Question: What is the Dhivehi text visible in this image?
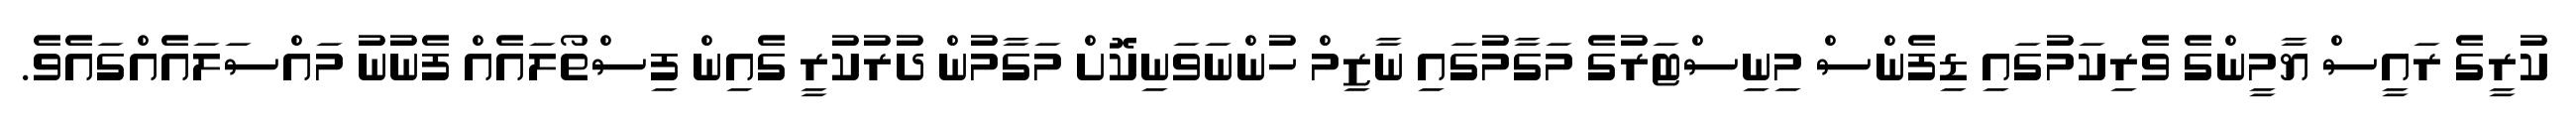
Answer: ކުރީގެ ރައީސް ޔާމީންގެ ވެރިކަމުގައި ޑިފެންސް މިނިސްޓަރުގެ މަގާމުގައި ނާޒިމް ހުންނަވަނިކޮށް މަގާމުން ދުރުކުރީ ގެއިން ފިސްތޯލައެއް ފެނުނު މައްސަލައެއްގައެވެ.